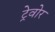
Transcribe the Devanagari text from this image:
ट्रेवोर